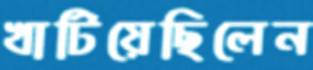
খাটিয়েছিলেন